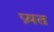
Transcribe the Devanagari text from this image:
प्रयत